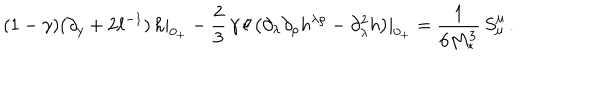
LaTeX: ( 1 - \gamma ) ( \partial _ { y } + 2 \ell ^ { - 1 } ) \, h | _ { 0 _ { + } } - \frac { 2 } { 3 } \, \gamma \, \ell \, \big ( \partial _ { \lambda } \partial _ { \rho } h ^ { \lambda \rho } - \partial _ { \lambda } ^ { 2 } h \big ) | _ { 0 _ { + } } = \frac { 1 } { 6 M _ { * } ^ { 3 } } \, S _ { \mu } ^ { \mu } \, .